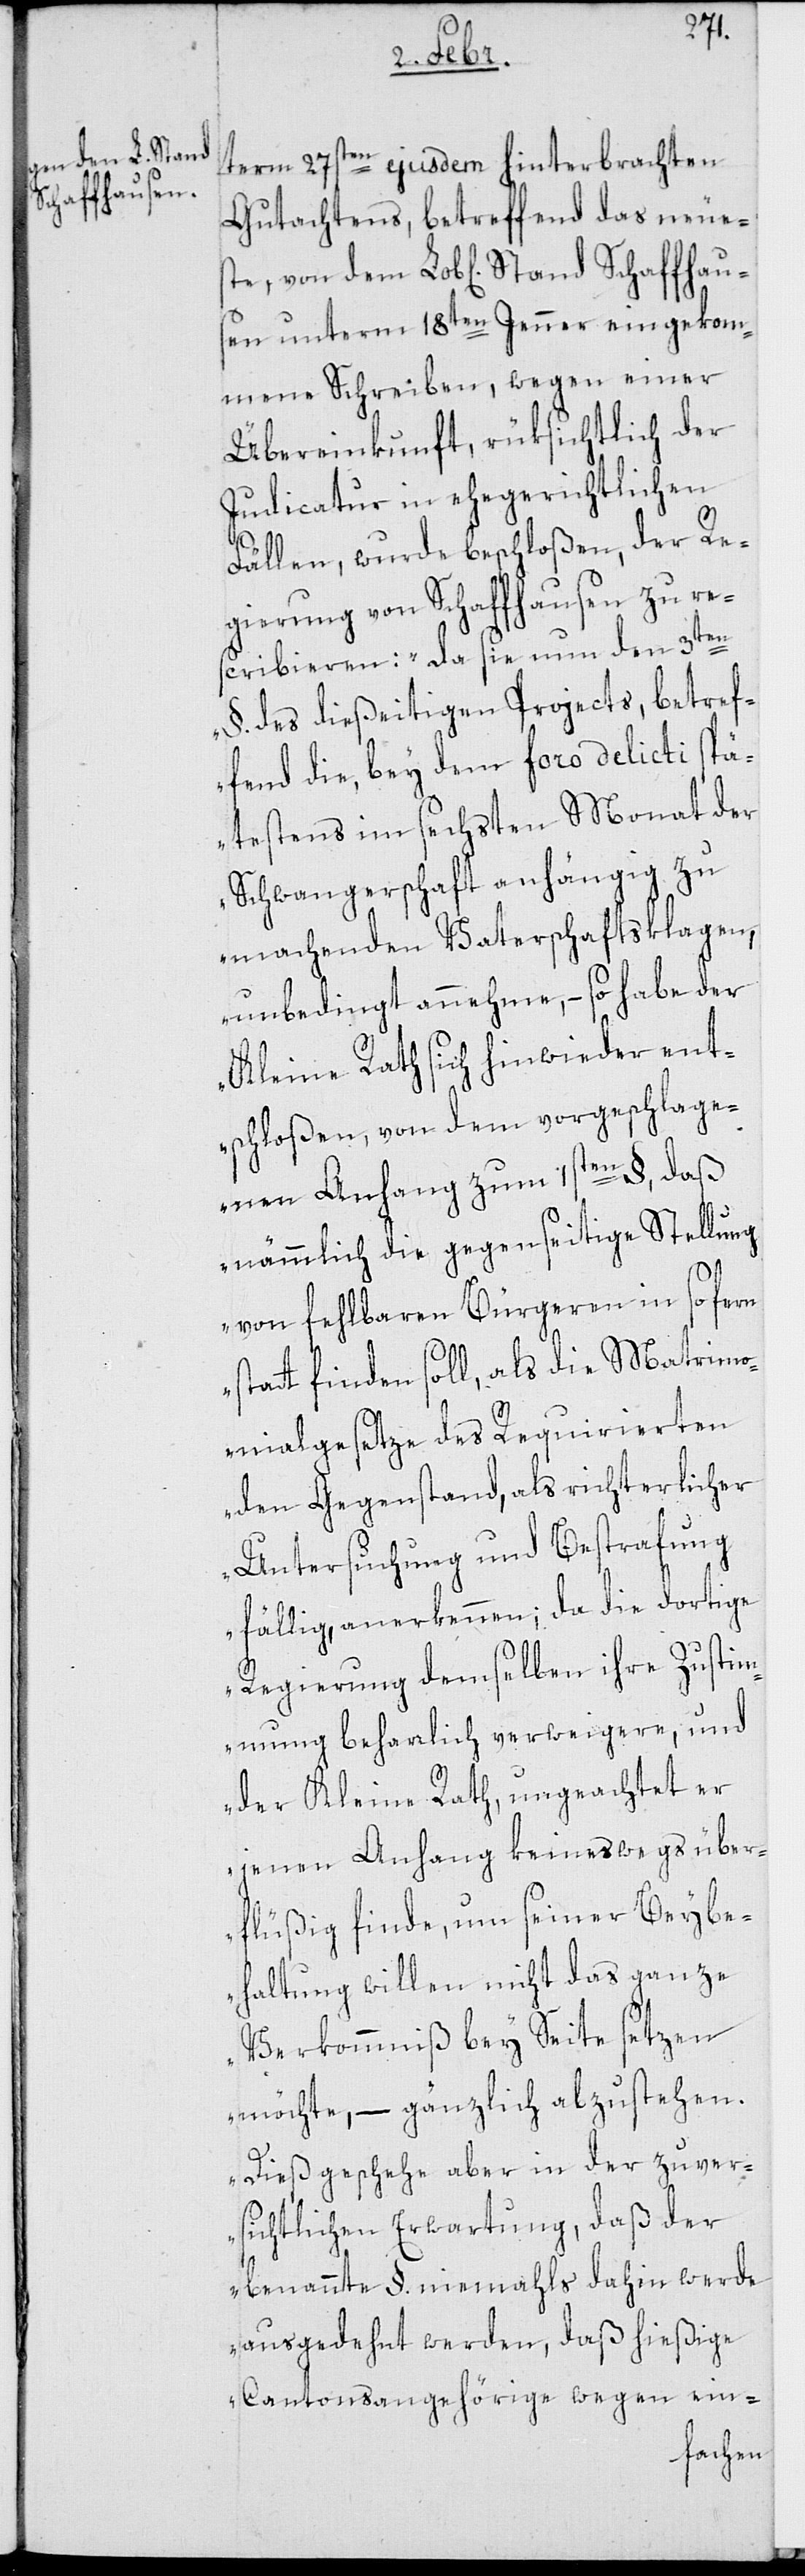
Schaffhause¬

ste,
term 27sten ejusdem hinterbrachten
Gutachtens, betreffend das neue¬
n unterm 18ten Jenner eingekom¬
mene Schreiben, wegen einer
Übereinkunft, rüksichtlich der
Judicatur in ehegerichtlichen
Fällen, wurde beschloßen, der Re¬
gierung von Schaffhausen zu re¬
scribieren: „da sie nun den 3ten
§ .des dießeitigen Projects, betref¬
fend die, bey dem foro delicti spä¬
testens im sechsten Monat der
Schwangerschaft anhängig zu
machenden Vaterschaftsklagen,
unbedingt annehme, – so habe der
Kleine Rath sich hinwieder ent¬
schloßen, von dem vorgeschlage¬
nen Anhang zum 1sten §, daß
nämmlich die gegenseitige Stellung
von fehlbaren Bürgeren in so fern
statt finden soll, als die Matrimo¬
nialgesetze des Requirierten
den Gegenstand, als richterlicher
Untersuchung und Bestrafung
fällig, anerkennen; da die dortige
Regierung demselben ihre Zustim¬
mung beharrlich verweigere, und
der Kleine Rath, ungeachtet er
jenen Anhang keineswegs über¬
flüßig finde, um seiner Beybe¬
haltung willen nicht das ganze
Verkommniß bey Seite setzen
möchte, – gänzlich abzustehen.
Dieß geschehe aber in der zuver¬
sichtlichen Erwartung, daß der
benannte §. niemahls dahin werde
ausgedehnt werden, daß hießige
Cantonsangehörige wegen ein-